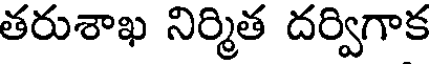
తరుశాఖ నిర్మిత దర్విగాక